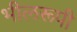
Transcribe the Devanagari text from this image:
भीलरूपी